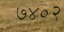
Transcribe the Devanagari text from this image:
७४०२